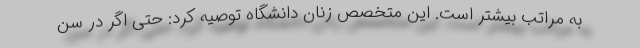
به مراتب بیشتر است. این متخصص زنان دانشگاه توصیه کرد: حتی اگر در سن